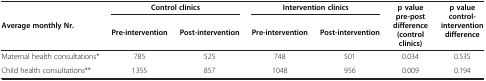
<table><thead><tr><td rowspan="2"><b>Average monthly Nr.</b></td><td colspan="2"><b>Control clinics</b></td><td colspan="2"><b>Intervention clinics</b></td><td rowspan="2"><b>p value pre-post difference (control clinics)</b></td><td rowspan="2"><b>p value control-intervention difference</b></td></tr><tr><td><b>Pre-intervention</b></td><td><b>Post-intervention</b></td><td><b>Pre-intervention</b></td><td><b>Post-intervention</b></td></tr></thead><tbody><tr><td>Maternal health consultations*</td><td>785</td><td>525</td><td>748</td><td>501</td><td>0.034</td><td>0.535</td></tr><tr><td>Child health consultations**</td><td>1355</td><td>857</td><td>1048</td><td>956</td><td>0.009</td><td>0.194</td></tr></tbody></table>